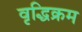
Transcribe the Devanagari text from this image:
वृद्धिक्रम